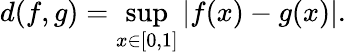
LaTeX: d(f,g)=\operatorname*{sup}_{x\in[0,1]}|f(x)-g(x)|.